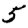
Digit: 5